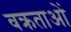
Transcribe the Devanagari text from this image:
वक्रताओं